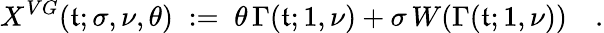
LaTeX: X^{VG}(\mathfrak{t};\sigma,\nu,\theta)\; :=\; \theta\, \Gamma(\mathfrak{t};1,\nu)+\sigma\, W(\Gamma(\mathfrak{t};1,\nu))\quad.